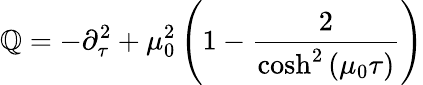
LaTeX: \mathbb{Q}=-\partial_{\tau}^{2}+\mu_{0}^{2}\left(1-\frac{{2}}{{\cosh^{2}\left(\mu_{0}\tau\right)}}\right)